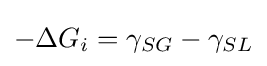
-\Delta G_{i}=\gamma _{SG}-\gamma _{SL}